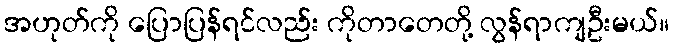
အဟုတ်ကို ပြောပြန်ရင်လည်း ကိုတာတေတို့ လွန်ရာကျဦးမယ်။